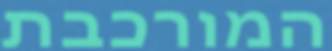
המורכבת